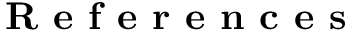
\textbf { R e f e r e n c e s }